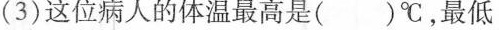
(3)这位病人的体温最高是()℃，最低